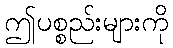
ဤပစ္စည်းများကို